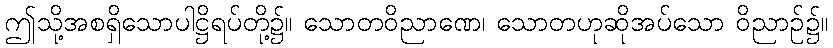
ဤသို့အစရှိသောပါဋ္ဌိရပ်တို့၌။ သောတဝိညာဏေ၊ သောတဟုဆိုအပ်သော ဝိညာဉ်၌။